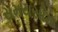
સમયસીમા